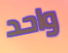
واحد